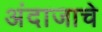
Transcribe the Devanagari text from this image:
अंदाजाचे